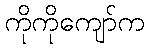
ကိုကိုကျော်က